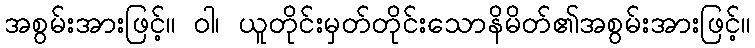
အစွမ်းအားဖြင့်။ ဝါ၊ ယူတိုင်းမှတ်တိုင်းသောနိမိတ်၏အစွမ်းအားဖြင့်။